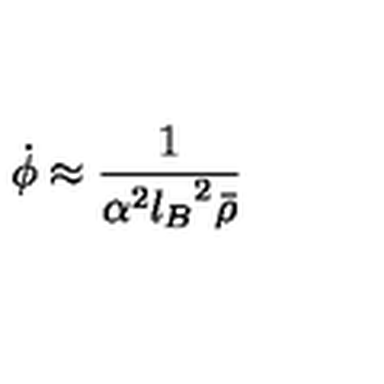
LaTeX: \dot { \phi } \approx { \frac { 1 } { \alpha ^ { 2 } { l _ { B } } ^ { 2 } \bar { \rho } } }